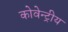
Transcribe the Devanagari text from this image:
कोवेन्ट्रीय